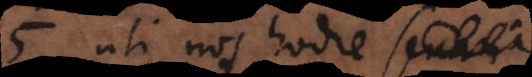
ς, uti nos hodie s